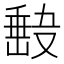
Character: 𭆵